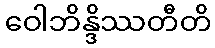
ဝေါဘိန္ဒိဿတီတိ